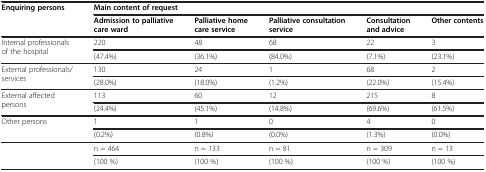
| Enquiring persons | <COLSPAN=5> Main content of request |
 |  | Admission to palliative care ward | Palliative home care service | Palliative consultation service | Consultation and advice | Other contents |
 | --- | --- | --- | --- | --- | --- |
 | <ROWSPAN=2> Internal professionals of the hospital | 220 | 48 | 68 | 22 | 3 |
 | (47.4%) | (36.1%) | (84.0%) | (7.1%) | (23.1%) |
 | <ROWSPAN=2> External professionals/services | 130 | 24 | 1 | 68 | 2 |
 | (28.0%) | (18.0%) | (1.2%) | (22.0%) | (15.4%) |
 | <ROWSPAN=2> External affected persons | 113 | 60 | 12 | 215 | 8 |
 | (24.4%) | (45.1%) | (14.8%) | (69.6%) | (61.5%) |
 | <ROWSPAN=2> Other persons | 1 | 1 | 0 | 4 | 0 |
 | (0.2%) | (0.8%) | (0.0%) | (1.3%) | (0.0%) |
 | <ROWSPAN=2>  | n = 464 | n = 133 | n = 81 | n = 309 | n = 13 |
 | (100 %) | (100 %) | (100 %) | (100 %) | (100 %) |